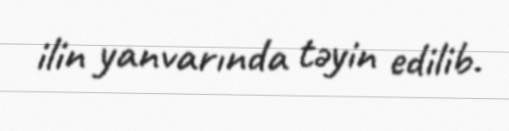
ilin yanvarında təyin edilib.